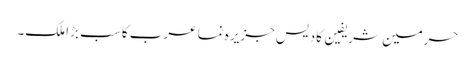
حرمین شریفین کادیس جزیرہ نما عرب کا سب بڑا ملک۔